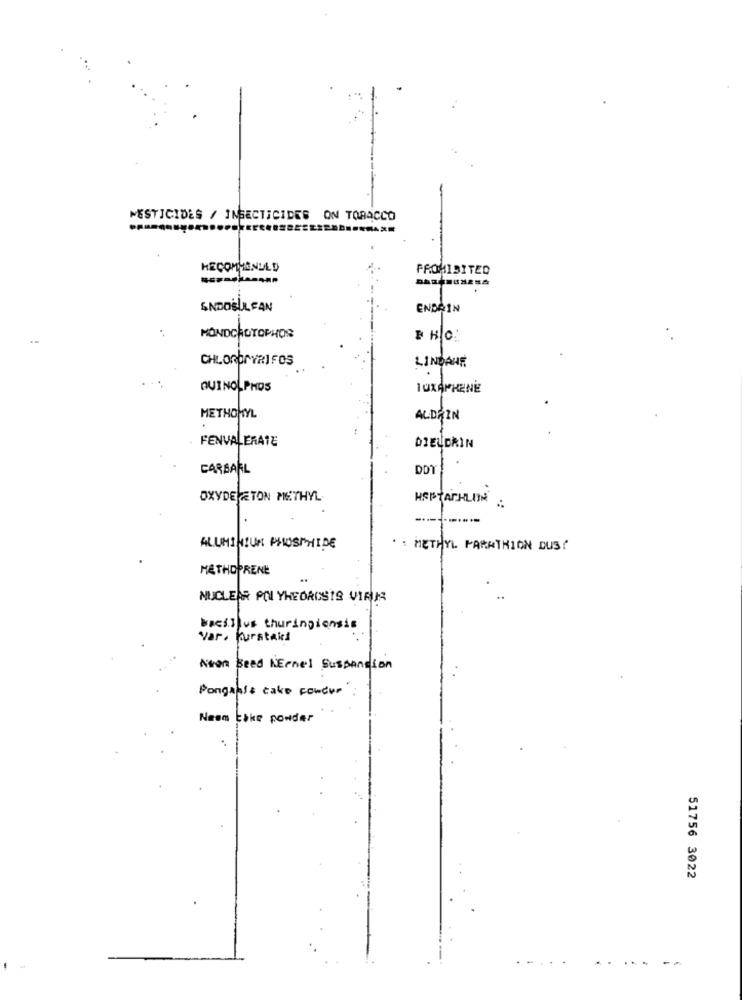
PESTICIDES / INSECTICIDES ON TOBACCO
RECOMMENDED
PROHIBITED
SNOOSULFAN
ENDRIN
MONDCROTOPHOR
CHLOROPYRIFOS
LINDANE
QUINOLPHOS
TUXAPHENE
METHOMYL
ALDRIN
FENVALERATE
DIELDRIN
CARSARL
DD1
OXYDE ETON METHYL
HAFTACHLIN
-..
ALUMINIUM PHOSPHIDE
. : METHYL PARATHION DUS!
METHOPRENE
NUCLEAR PO YHEOROSIS VIRUS
bacillus thuringiensis
Var. Kurstaki
Noen Beed LEenel Suspension
Pongahfs cake powder
Neem Like powder
51756 3022
.-- --